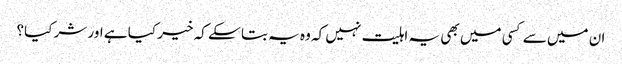
ان میں سے کسی میں بھی یہ اہلیت نہیں کہ وہ یہ بتا سکے کہ خیر کیا ہے اور شر کیا؟